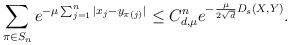
LaTeX: \begin{align*}\sum_{\pi\in S_n} e^{-\mu \sum_{j=1}^n |x_j-y_{\pi(j)}|}\leq C_{d,\mu}^n e^{-\frac{\mu}{2\sqrt{d}}D_s(X,Y)}.\end{align*}